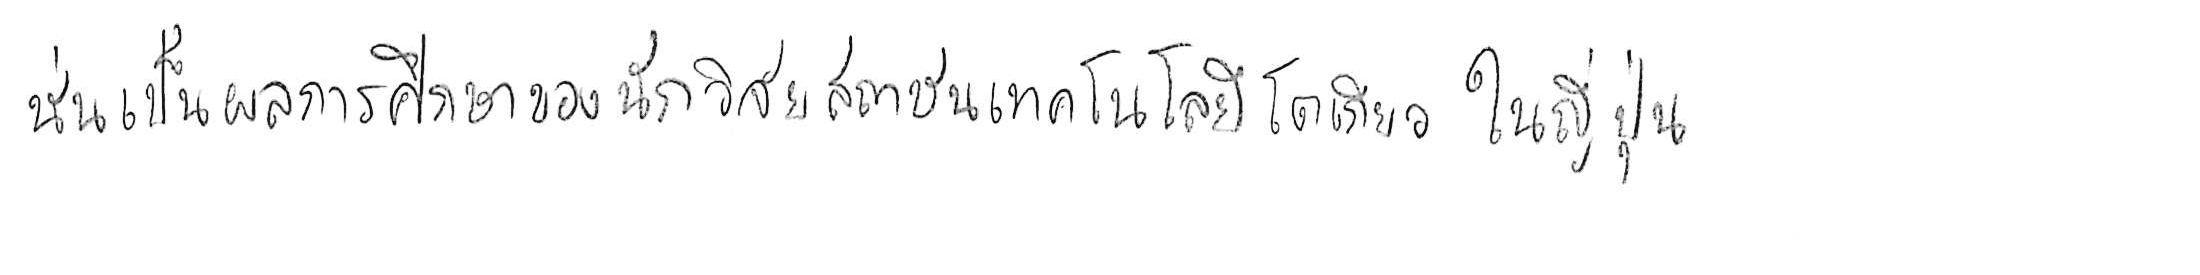
นั่นเป็นผลการศึกษาของนักวิจัยสถาบันเทคโนโลยีโตเกียว ในญี่ปุ่น